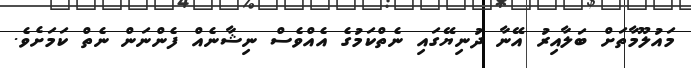
މައުލޫމާތަށް ބަލާއިރު އޭނާ ދުނިޔޭގައި ނެތްކަމުގެ އެއްވެސް ނިޝާނެއް ފެންނަން ނެތް ކަމަށެވެ.